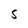
Character: S